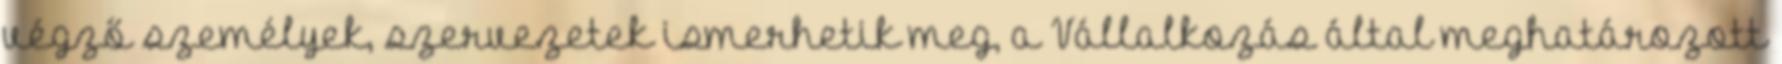
végző személyek, szervezetek ismerhetik meg, a Vállalkozás által meghatározott